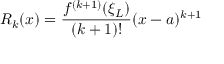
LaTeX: R _ { k } ( x ) = { \frac { f ^ { ( k + 1 ) } ( \xi _ { L } ) } { ( k + 1 ) ! } } ( x - a ) ^ { k + 1 }